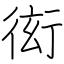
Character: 衒